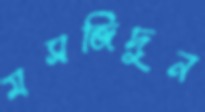
মসজিদুন